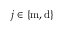
j \in \{ \mathrm { m } , \mathrm { d } \}